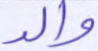
والد